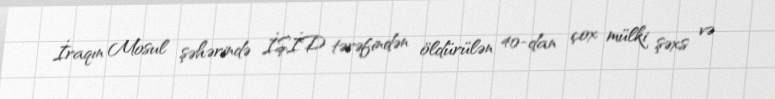
İraqın Mosul şəhərində İŞİD tərəfindən öldürülən 40-dan çox mülki şəxs və